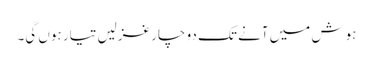
ہوش میں آنے تک دو چار غزلیں تیار ہوں گی۔